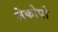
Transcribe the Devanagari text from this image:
जेकोपो